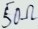
Text: 50Ω